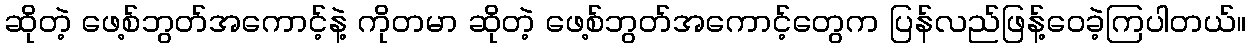
ဆိုတဲ့ ဖေ့စ်ဘွတ်အကောင့်နဲ့ ကိုတမာ ဆိုတဲ့ ဖေ့စ်ဘွတ်အကောင့်တွေက ပြန်လည်ဖြန့်ဝေခဲ့ကြပါတယ်။